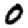
Digit: 0